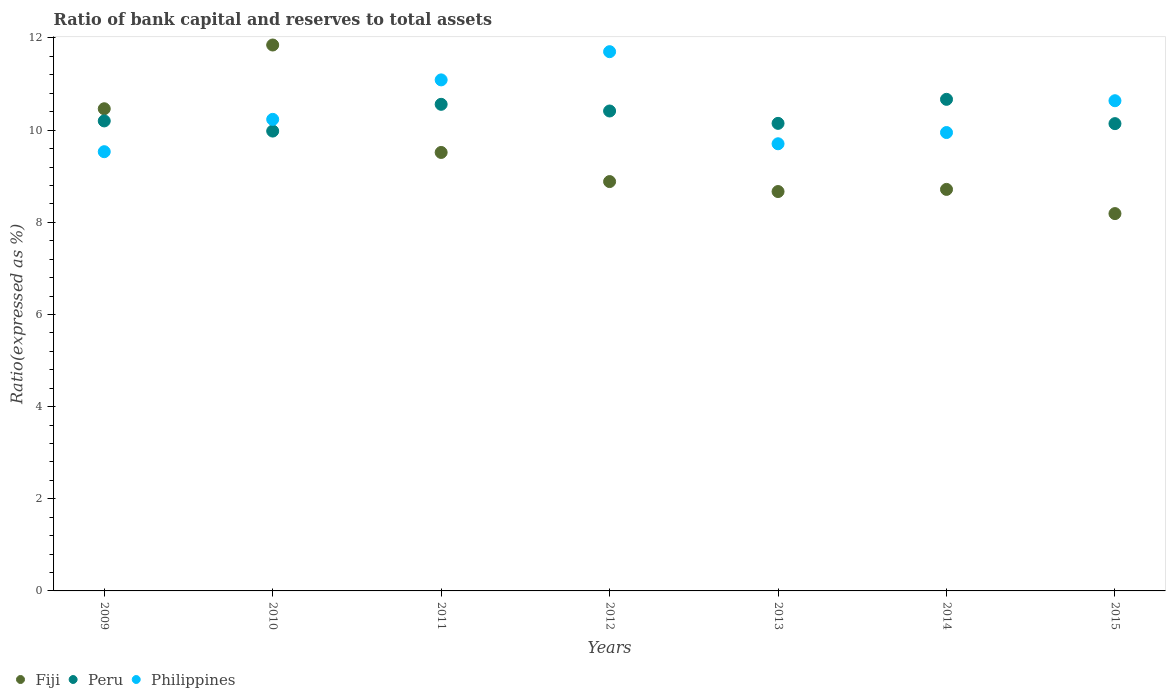
| Years | Fiji | Peru | Philippines |
 | --- | --- | --- | --- |
 | 2009 | 10.5 | 10.2 | 9.53 |
 | 2010 | 11.8 | 9.98 | 10.2 |
 | 2011 | 9.52 | 10.6 | 11.1 |
 | 2012 | 8.88 | 10.4 | 11.7 |
 | 2013 | 8.67 | 10.1 | 9.7 |
 | 2014 | 8.71 | 10.7 | 9.95 |
 | 2015 | 8.19 | 10.1 | 10.6 |